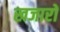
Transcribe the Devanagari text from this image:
खजारों